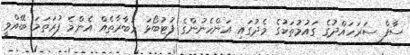
ސާފް ސަރަހައްދުގެ ގައުމުތަކުގެ މެދުގައި އަންހެނުންގެ ފުޓުބޯޅަ މުބާރާތެއް އެންމެ ފުރަތަމަ ބޭއްވީ